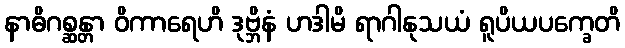
နာဓိဂစ္ဆန္တာ ဝိကာရေဟိ ဒုဗ္ဘိနံ ဟဒါမိ ရာဂါနုသယံ ရူပိယပက္ခေတိ